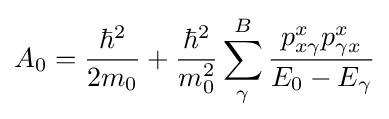
A_{0}={\frac {\hbar ^{2}}{2m_{0}}}+{\frac {\hbar ^{2}}{m_{0}^{2}}}\sum _{\gamma }^{B}{\frac {p_{x\gamma }^{x}p_{\gamma x}^{x}}{E_{0}-E_{\gamma }}}